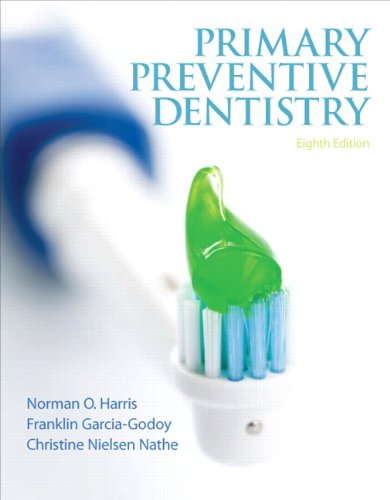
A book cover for Primary Preventive Dentistry (8th Edition) (Primary Preventive Dentistry ( Harris)); Norman O. Harris; Medical Books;